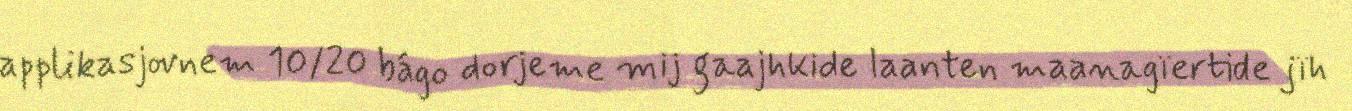
applikasjovnem 10/20 bágo dorjeme mij gaajhkide laanten maanagïertide jïh